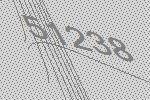
51238